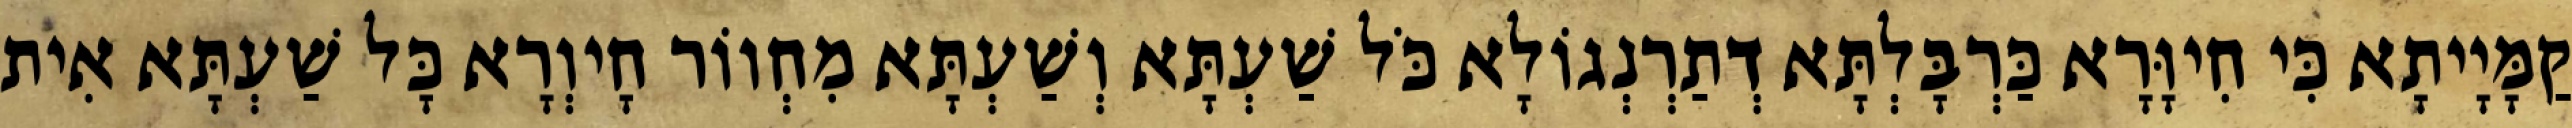
קַמָּיָיתָא כִּי חִיוָּרָא כַּרְבָּלְתָּא דְתַרְנְגוֹלָא כֹּל שַׁעְתָּא וְשַׁעְתָּא מִחְווֹר חָיוְרָא כָּל שַׁעְתָּא אִית